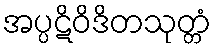
အပ္ပဋိဝိဒိတသုတ္တံ